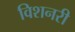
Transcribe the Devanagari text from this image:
विशनरी